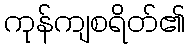
ကုန်ကျစရိတ်၏